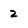
Character: 2